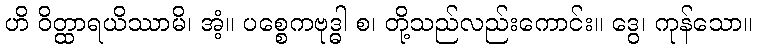
ဟိ ဝိတ္ထာရယိဿာမိ၊ အံ့။ ပစ္စေကဗုဒ္ဓါ စ၊ တို့သည်လည်းကောင်း။ ဒွေ၊ ကုန်သော။